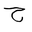
Letter: _ha